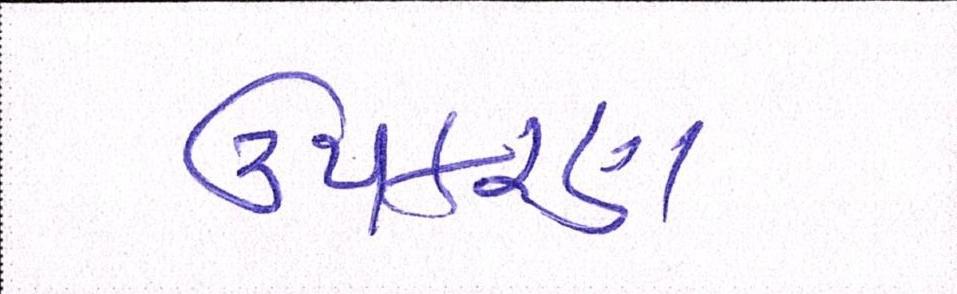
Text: ઉપકરણ